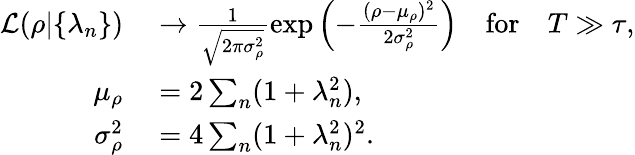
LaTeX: \begin{array}{rl}{{\mathcal L}(\rho|\{ \lambda_{n}\} )}&{{}\to\frac{1}{\sqrt{2\pi\sigma_{\rho}^{2}}}\exp\left(-\frac{(\rho-\mu_{\rho})^{2}}{2\sigma_{\rho}^{2}}\right)\quad\mathrm{for}\quad T\gg\tau,}\\ {\mu_{\rho}}&{{}=2\sum_{n}(1+\lambda_{n}^{2}),}\\ {\sigma_{\rho}^{2}}&{{}={4}\sum_{n}(1+\lambda_{n}^{2})^{2}.}\end{array}